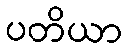
ပတိယာ